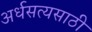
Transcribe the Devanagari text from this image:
अर्धसत्यसाठी